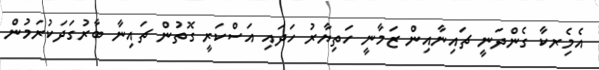
އެމެިރކާ ގެންދަނީ ޗައިނާއިން ޒަމާނީ ހަތިޔާރު ހަދައި އަސްކަރީ ގޮތުން ޗައިނާ ބާރުގަދަކުރަމުން